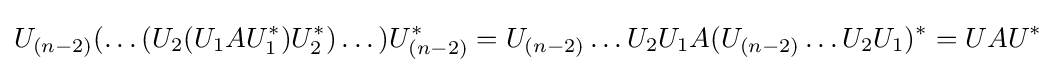
U_{(n-2)}(\dots (U_{2}(U_{1}AU_{1}^{*})U_{2}^{*})\dots )U_{(n-2)}^{*}=U_{(n-2)}\dots U_{2}U_{1}A(U_{(n-2)}\dots U_{2}U_{1})^{*}=UAU^{*}